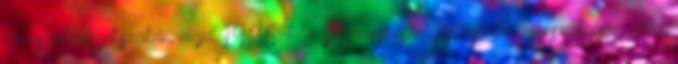
művészettörténet szakán, majd 1946-tól a Zeneművészeti Főiskolán zeneszerzésre, illetve